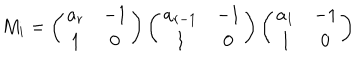
LaTeX: M _ { i } = \left( \begin{array} { c c } { { a _ { r } } } & { { - 1 } } \\ { { 1 } } & { { 0 } } \\ \end{array} \right) \left( \begin{array} { c c } { { a _ { r - 1 } } } & { { - 1 } } \\ { { 1 } } & { { 0 } } \\ \end{array} \right) \left( \begin{array} { c c } { { a _ { 1 } } } & { { - 1 } } \\ { { 1 } } & { { 0 } } \\ \end{array} \right)